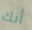
أنك